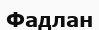
Фадлан